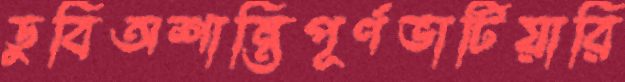
ডুবিঅশান্তিপূর্ণভাটিয়ারি